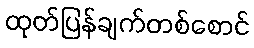
ထုတ်ပြန်ချက်တစ်စောင်